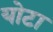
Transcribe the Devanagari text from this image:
योटा